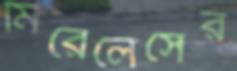
মিরেলেসের